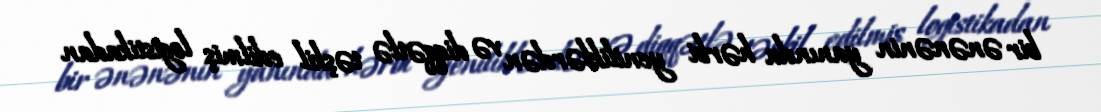
bir ənənənin yanında hərbi yeniliklərdən və diqqətlə təşkil edilmiş logistikadan